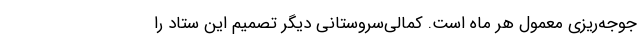
جوجه‌ریزی معمول هر ماه است. کمالی‌سروستانی دیگر تصمیم این ستاد را